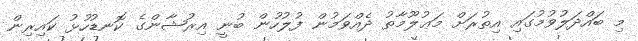
މި ބައްދަލުވުމުގައި އިތުރަށް މަޢުލޫމާތު ދެއްވަމުން ފުލުހުން ބުނީ އިރުޝާންގެ ކޮނޑުހުޅު ކައިރިން